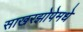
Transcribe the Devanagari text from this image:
साखरझोपेमधे